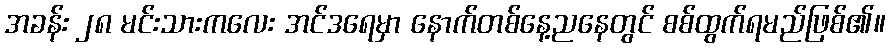
အခန်း ၂၈ မင်းသားကလေး အင်ဒရေမှာ နောက်တစ်နေ့ညနေတွင် စစ်ထွက်ရမည်ဖြစ်၏။